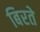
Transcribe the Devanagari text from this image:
बिरते